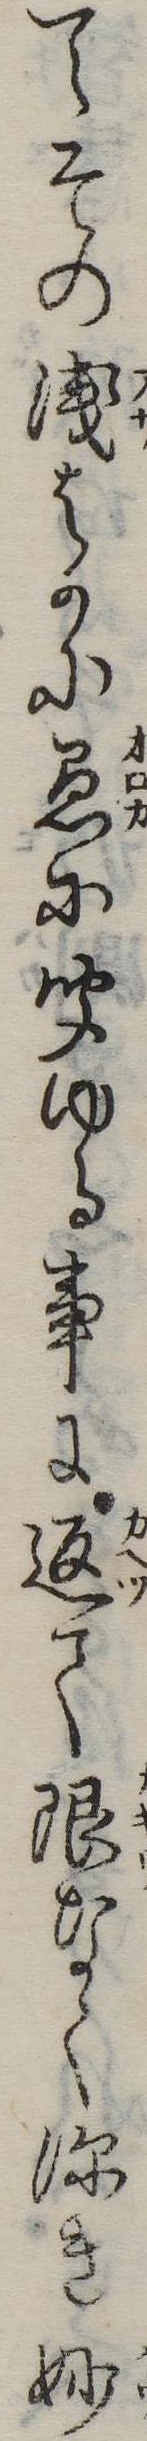
てその浅はかに愚に聞ゆる事に返て限なく深き妙